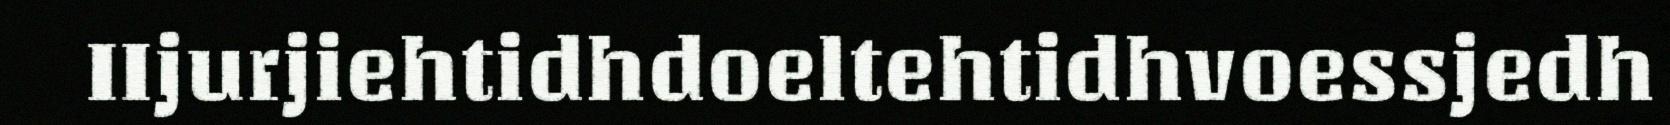
IIjurjiehtidhdoeltehtidhvoessjedh